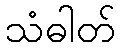
သံဓါတ်